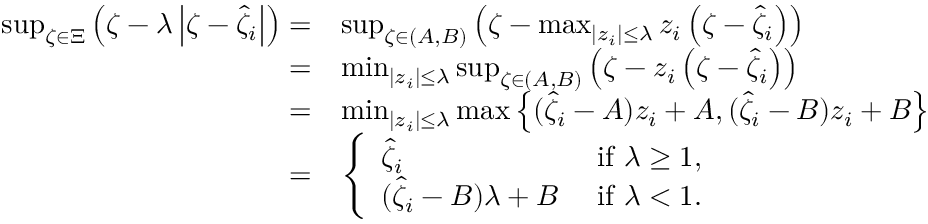
\begin{array} { r l } { \operatorname* { s u p } _ { \zeta \in \Xi } \left( \zeta - \lambda \left| \zeta - \widehat { \zeta } _ { i } \right| \right) = } & { \operatorname* { s u p } _ { \zeta \in ( A , B ) } \left( \zeta - \operatorname* { m a x } _ { | z _ { i } | \leq \lambda } z _ { i } \left( \zeta - \widehat { \zeta } _ { i } \right) \right) } \\ { = } & { \operatorname* { m i n } _ { | z _ { i } | \leq \lambda } \operatorname* { s u p } _ { \zeta \in ( A , B ) } \left( \zeta - z _ { i } \left( \zeta - \widehat { \zeta } _ { i } \right) \right) } \\ { = } & { \operatorname* { m i n } _ { | z _ { i } | \leq \lambda } \operatorname* { m a x } \left\{ ( \widehat { \zeta } _ { i } - A ) z _ { i } + A , ( \widehat { \zeta } _ { i } - B ) z _ { i } + B \right\} } \\ { = } & { \left\{ \begin{array} { l l } { \widehat { \zeta } _ { i } } & { \mathrm { ~ i f ~ } \lambda \geq 1 , } \\ { ( \widehat { \zeta } _ { i } - B ) \lambda + B } & { \mathrm { ~ i f ~ } \lambda < 1 . } \end{array} \right. } \end{array}